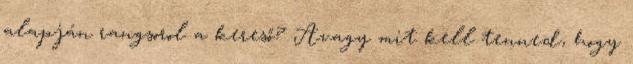
alapján rangsorol a kereső? Avagy mit kell tenned, hogy